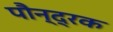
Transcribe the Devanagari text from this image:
पौन्द्रक